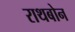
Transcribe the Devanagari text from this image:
राथबोन